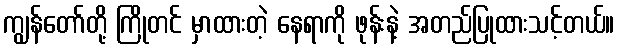
ကျွန်တော်တို့ ကြိုတင် မှာထားတဲ့ နေရာကို ဖုန်းနဲ့ အတည်ပြုထားသင့်တယ်။